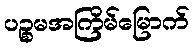
ပဉ္စမအကြိမ်မြောက်